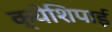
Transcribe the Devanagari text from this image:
क्येशिपाई